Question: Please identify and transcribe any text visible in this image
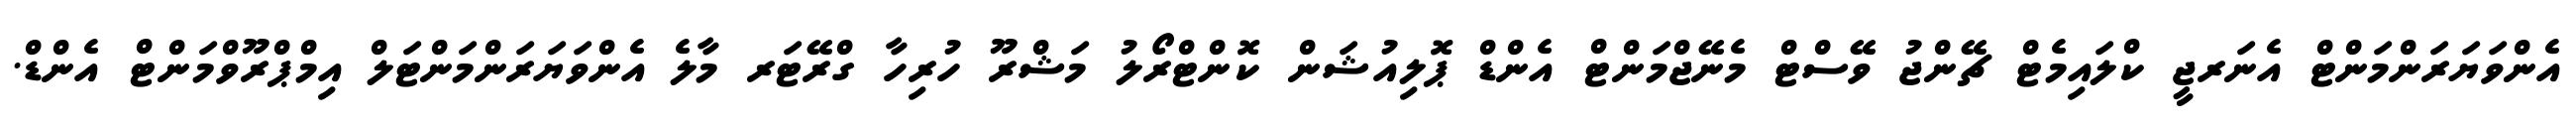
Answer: އެންވަޔަރަންމަންޓް އެނަރޖީ ކްލައިމެޓް ޗޭންޖު ވޭސްޓް މެނޭޖްމަންޓް އެންޑް ޕޮލިއުޝަން ކޮންޓްރޯލު މަޝްރޫ ހުރިހާ ގްރޭޓަރ މާލެ އެންވަޔަރަންމަންޓަލް އިމްޕްރޫވްމަންޓް އެންޑް.